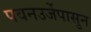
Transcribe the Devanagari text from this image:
पवनउर्जेपासुन